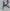
Text: 12